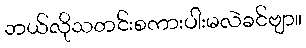
ဘယ်လိုသတင်းစကားပါးမလဲခင်ဗျာ။